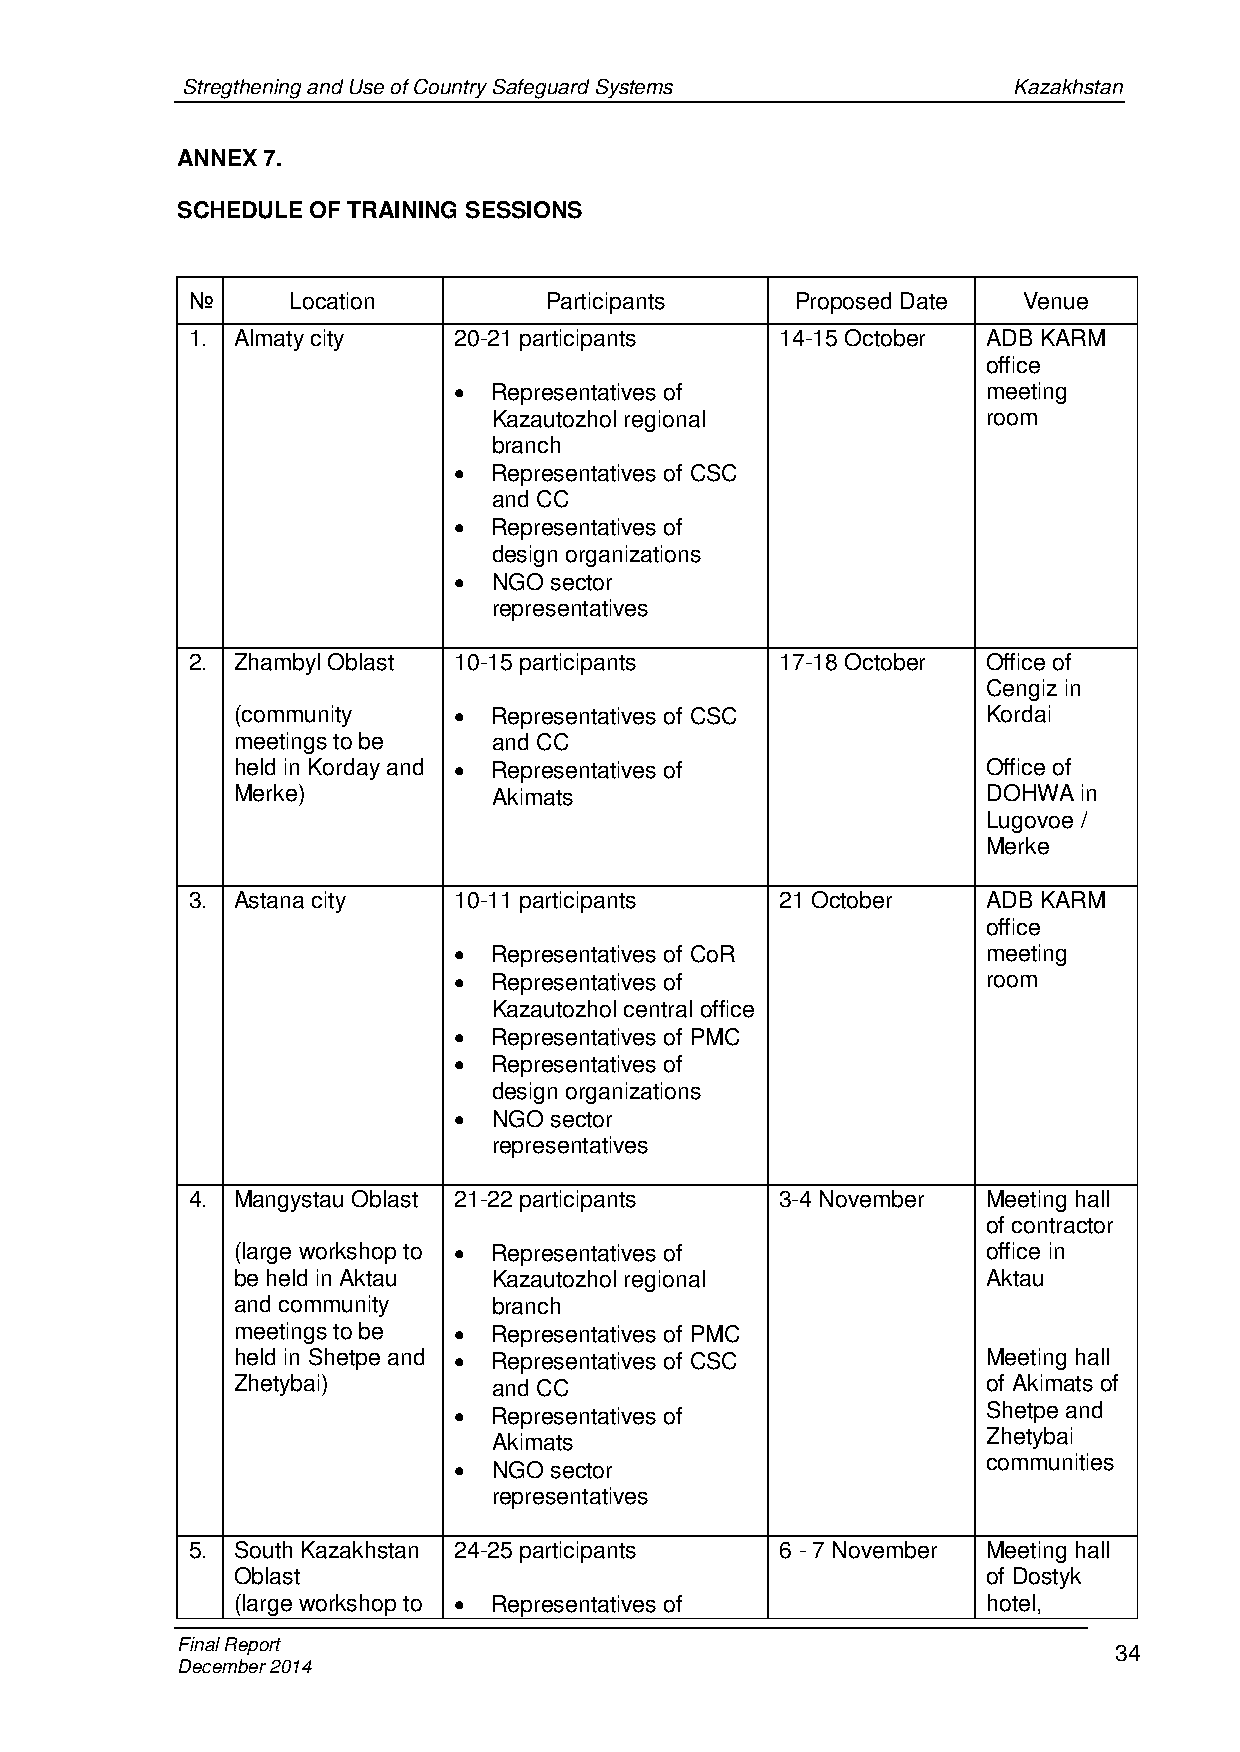
Stregthening and Use of Country Safeguard Systems      Kazakhstan
 ANNEX 7.
 SCHEDULE OF TRAINING SESSIONS
 №      Location         Participants     Proposed Date  Venue
 1. Almaty city    20-21 participants    14-15 October ADB KARM
 office
   Representatives of              meeting
 Kazautozhol regional            room
 branch
   Representatives of CSC
 and CC
   Representatives of
 design organizations
   NGO sector
 representatives
 2. Zhambyl Oblast 10-15 participants    17-18 October Office of
 Cengiz in
 (community       Representatives of CSC          Kordai
 meetings to be    and CC
 held in Korday and  Representatives of           Office of
 Merke)            Akimats                         DOHWA  in
 Lugovoe /
 Merke
 3. Astana city    10-11 participants    21 October   ADB KARM
 office
   Representatives of CoR          meeting
   Representatives of              room
 Kazautozhol central office
   Representatives of PMC
   Representatives of
 design organizations
   NGO sector
 representatives
 4. Mangystau Oblast 21-22 participants  3-4 November Meeting hall
 of contractor
 (large workshop to  Representatives of           office in
 be held in Aktau  Kazautozhol regional            Aktau
 and community     branch
 meetings to be   Representatives of PMC
 held in Shetpe and  Representatives of CSC       Meeting hall
 Zhetybai)         and CC                          of Akimats of
   Representatives of              Shetpe and
 Akimats                         Zhetybai
 communities
   NGO sector
 representatives
 5. South Kazakhstan 24-25 participants  6 - 7 November Meeting hall
 Oblast                                            of Dostyk
 (large workshop to  Representatives of           hotel,
 Final Report                                                  34
 December 2014